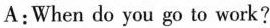
A:When do you go to work?